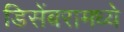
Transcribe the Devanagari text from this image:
डिसेंबरामध्ये